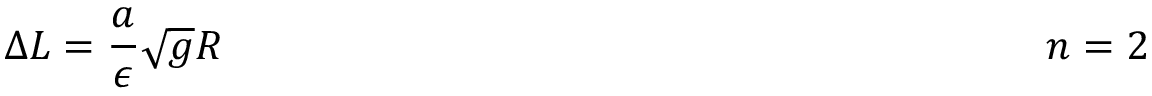
\Delta L = \frac { a } { \epsilon } \sqrt { g } R ~ ~ ~ ~ ~ ~ ~ ~ ~ ~ ~ ~ ~ ~ ~ ~ ~ ~ ~ ~ ~ ~ ~ ~ ~ ~ ~ ~ ~ ~ ~ ~ ~ ~ ~ ~ ~ ~ ~ ~ ~ ~ ~ ~ ~ ~ ~ ~ ~ ~ ~ ~ ~ ~ ~ ~ ~ ~ ~ n = 2